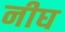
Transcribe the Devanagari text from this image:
नीघ